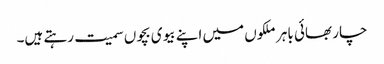
چار بھائی باہر ملکوں میں اپنے بیوی بچوں سمیت رہتے ہیں۔